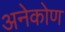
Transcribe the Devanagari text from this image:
अनेकोण